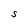
Character: S